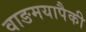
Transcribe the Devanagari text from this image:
वाङमयापैकी